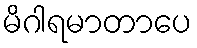
မိဂါရမာတာပေ